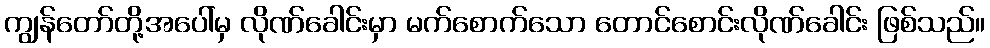
ကျွန်တော်တို့အပေါ်မှ လိုဏ်ခေါင်းမှာ မက်စောက်သော တောင်စောင်းလိုဏ်ခေါင်း ဖြစ်သည်။